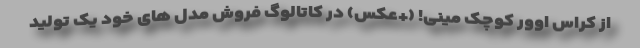
از کراس اوور کوچک مینی! (+عکس) در کاتالوگ فروش مدل های خود یک تولید